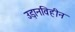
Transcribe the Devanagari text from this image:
उड़ानविहीन